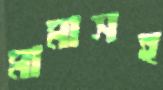
মামাসহ